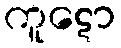
ကူဋော